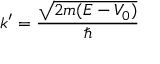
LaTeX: k ^ { \prime } = { \frac { \sqrt { 2 m ( E - V _ { 0 } ) } } { \hbar } }